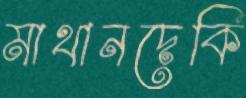
মাথানদেকি